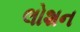
લોશન